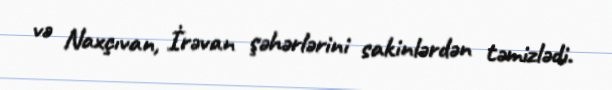
və Naxçıvan, İrəvan şəhərlərini sakinlərdən təmizlədi.